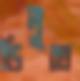
ডিলুক্স